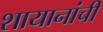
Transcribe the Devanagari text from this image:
शायानांची